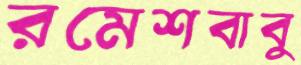
রমেশবাবু